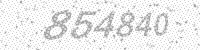
Solution: 854840